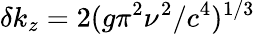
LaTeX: \delta k_{z}=2(g\pi^{2}\nu^{2}/c^{4})^{1/3}